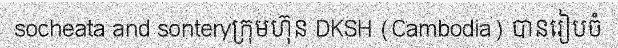
socheata and sonteryក្រុមហ៊ុន DKSH (Cambodia) បានរៀបចំ